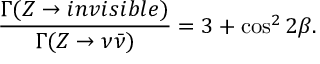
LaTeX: \frac { \Gamma ( Z \to i n v i s i b l e ) } { \Gamma ( Z \to \nu \bar { \nu } ) } = 3 + \cos ^ { 2 } { 2 \beta } .